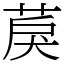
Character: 䓞